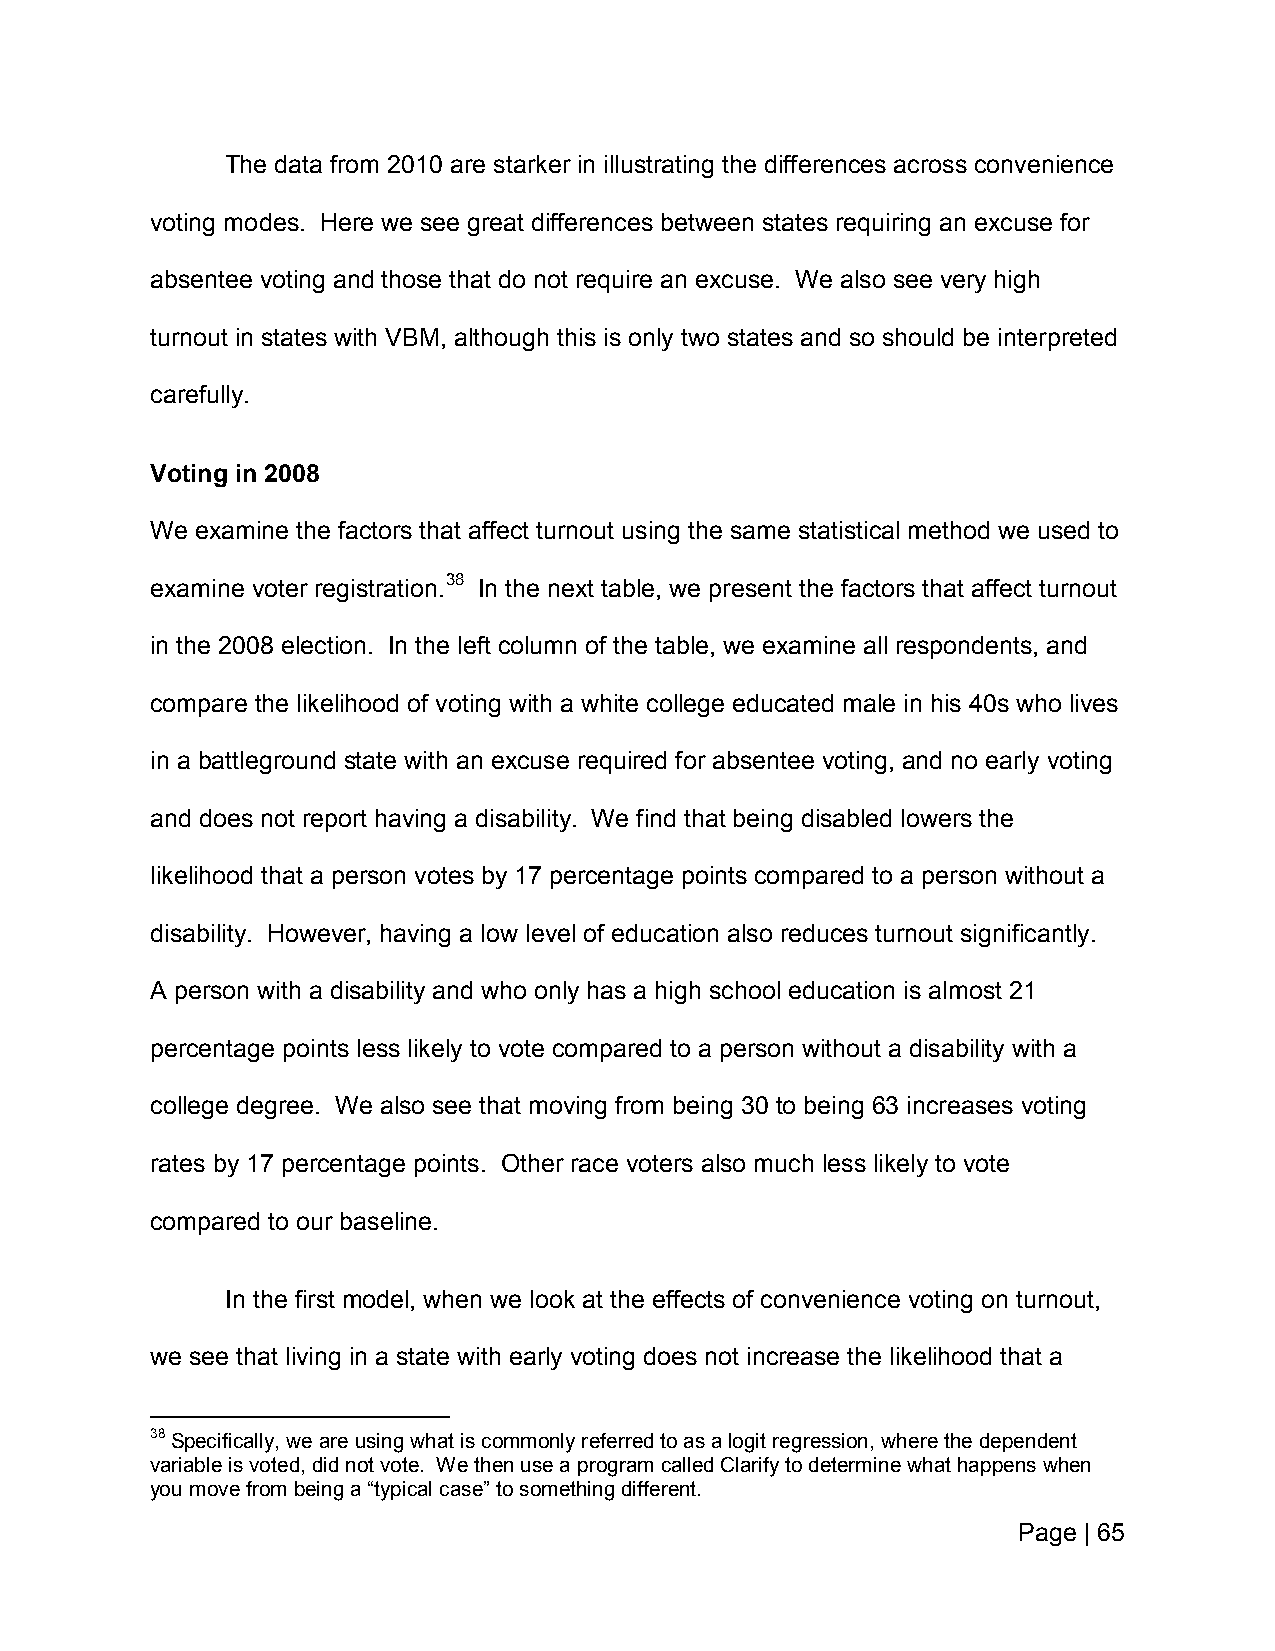
The data from 2010 are starker in illustrating the differences across convenience
 voting modes. Here we see great differences between states requiring an excuse for
 absentee voting and those that do not require an excuse. We also see very high
 turnout in states with VBM, although this is only two states and so should be interpreted
 carefully.
 Voting in 2008
 We examine the factors that affect turnout using the same statistical method we used to
 examine voter registration.38 In the next table, we present the factors that affect turnout
 in the 2008 election. In the left column of the table, we examine all respondents, and
 compare the likelihood of voting with a white college educated male in his 40s who lives
 in a battleground state with an excuse required for absentee voting, and no early voting
 and does not report having a disability. We find that being disabled lowers the
 likelihood that a person votes by 17 percentage points compared to a person without a
 disability. However, having a low level of education also reduces turnout significantly.
 A person with a disability and who only has a high school education is almost 21
 percentage points less likely to vote compared to a person without a disability with a
 college degree. We also see that moving from being 30 to being 63 increases voting
 rates by 17 percentage points. Other race voters also much less likely to vote
 compared to our baseline.
 In the first model, when we look at the effects of convenience voting on turnout,
 we see that living in a state with early voting does not increase the likelihood that a
 38 Specifically, we are using what is commonly referred to as a logit regression, where the dependent
 variable is voted, did not vote. We then use a program called Clarify to determine what happens when
 you move from being a “typical case” to something different.
 Page | 65